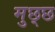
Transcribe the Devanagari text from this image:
मुछ्छ